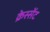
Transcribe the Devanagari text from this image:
क्रेस्सेंट